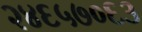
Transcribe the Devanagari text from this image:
२४६५७०६३